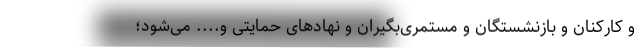
و کارکنان و بازنشستگان و مستمری‌بگیران و نهادهای حمایتی و.... می‌شود؛